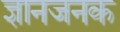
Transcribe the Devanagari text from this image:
ज्ञानजनक